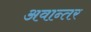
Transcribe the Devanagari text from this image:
अवान्‍तर